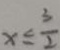
x \leq \frac { 3 } { 2 }